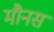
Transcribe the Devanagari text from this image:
मौनस